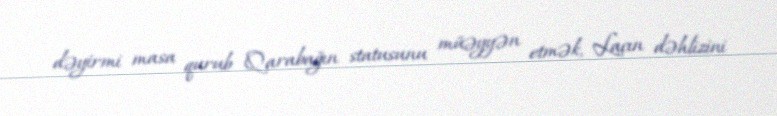
dəyirmi masa qurub Qarabağın statusunu müəyyən etmək, Laçın dəhlizini